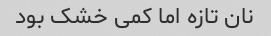
نان تازه اما کمی خشک بود